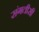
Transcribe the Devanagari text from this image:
संगतीसी